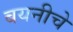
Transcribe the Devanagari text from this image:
बयनीचे